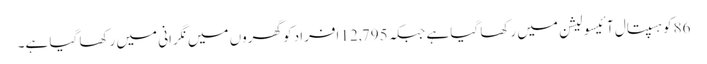
86کو ہسپتال آئیسولیشن میں رکھا گیا ہے جبکہ 12,795 اَفراد کو گھروں میں نگرانی میں رکھا گیا ہے۔